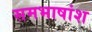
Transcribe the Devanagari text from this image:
समभाषांश